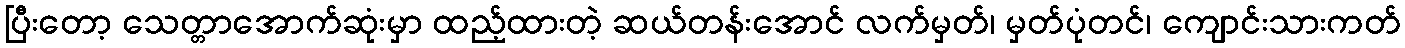
ပြီးတော့ သေတ္တာအောက်ဆုံးမှာ ထည့်ထားတဲ့ ဆယ်တန်းအောင် လက်မှတ်၊ မှတ်ပုံတင်၊ ကျောင်းသားကတ်